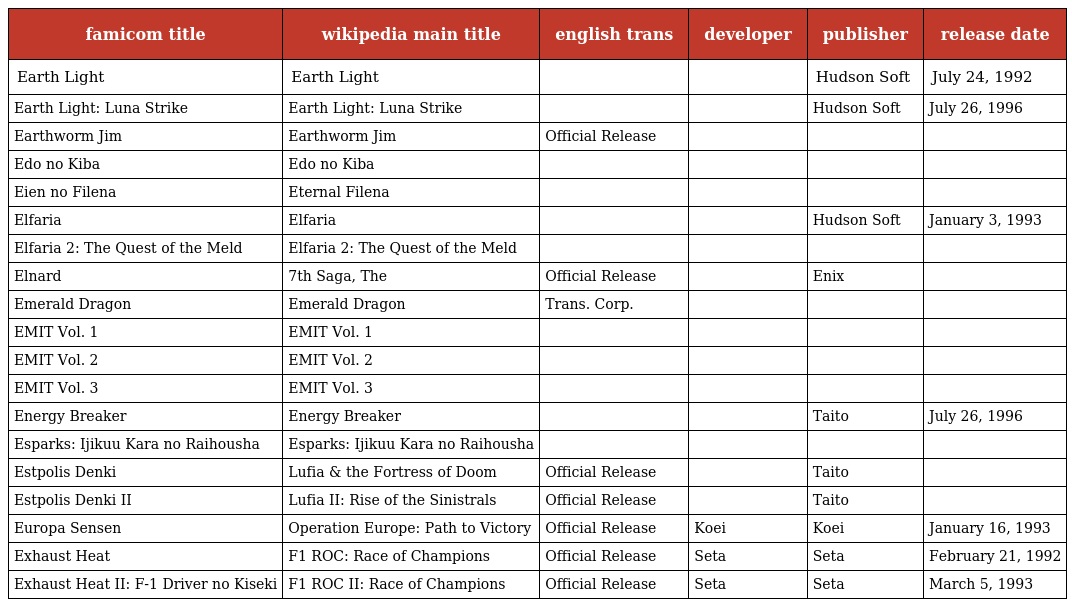
| famicom title | wikipedia main title | english trans | developer | publisher | release date |
 | --- | --- | --- | --- | --- | --- |
 | Earth Light | Earth Light |  |  | Hudson Soft | July 24, 1992 |
 | Earth Light: Luna Strike | Earth Light: Luna Strike |  |  | Hudson Soft | July 26, 1996 |
 | Earthworm Jim | Earthworm Jim | Official Release |  |  |  |
 | Edo no Kiba | Edo no Kiba |  |  |  |  |
 | Eien no Filena | Eternal Filena |  |  |  |  |
 | Elfaria | Elfaria |  |  | Hudson Soft | January 3, 1993 |
 | Elfaria 2: The Quest of the Meld | Elfaria 2: The Quest of the Meld |  |  |  |  |
 | Elnard | 7th Saga, The | Official Release |  | Enix |  |
 | Emerald Dragon | Emerald Dragon | Trans. Corp. |  |  |  |
 | EMIT Vol. 1 | EMIT Vol. 1 |  |  |  |  |
 | EMIT Vol. 2 | EMIT Vol. 2 |  |  |  |  |
 | EMIT Vol. 3 | EMIT Vol. 3 |  |  |  |  |
 | Energy Breaker | Energy Breaker |  |  | Taito | July 26, 1996 |
 | Esparks: Ijikuu Kara no Raihousha | Esparks: Ijikuu Kara no Raihousha |  |  |  |  |
 | Estpolis Denki | Lufia & the Fortress of Doom | Official Release |  | Taito |  |
 | Estpolis Denki II | Lufia II: Rise of the Sinistrals | Official Release |  | Taito |  |
 | Europa Sensen | Operation Europe: Path to Victory | Official Release | Koei | Koei | January 16, 1993 |
 | Exhaust Heat | F1 ROC: Race of Champions | Official Release | Seta | Seta | February 21, 1992 |
 | Exhaust Heat II: F-1 Driver no Kiseki | F1 ROC II: Race of Champions | Official Release | Seta | Seta | March 5, 1993 |